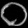
Digit: ၀